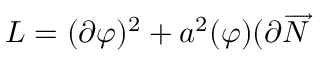
L = ( \partial \varphi ) ^ { 2 } + a ^ { 2 } ( \varphi ) ( \partial \overrightarrow { N }